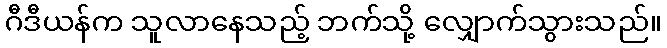
ဂီဒီယန်က သူလာနေသည့် ဘက်သို့ လျှောက်သွားသည်။